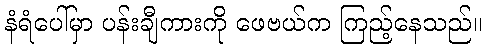
နံရံပေါ်မှာ ပန်းချီကားကို ဖေဗယ်က ကြည့်နေသည်။